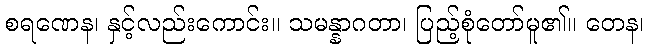
စရဏေန၊ နှင့်လည်းကောင်း။ သမန္နာဂတာ၊ ပြည့်စုံတော်မူ၏။ တေန၊